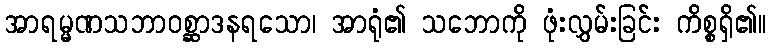
အာရမ္မဏသဘာဝစ္ဆာဒနရသော၊ အာရုံ၏ သဘောကို ဖုံးလွှမ်းခြင်း ကိစ္စရှိ၏။